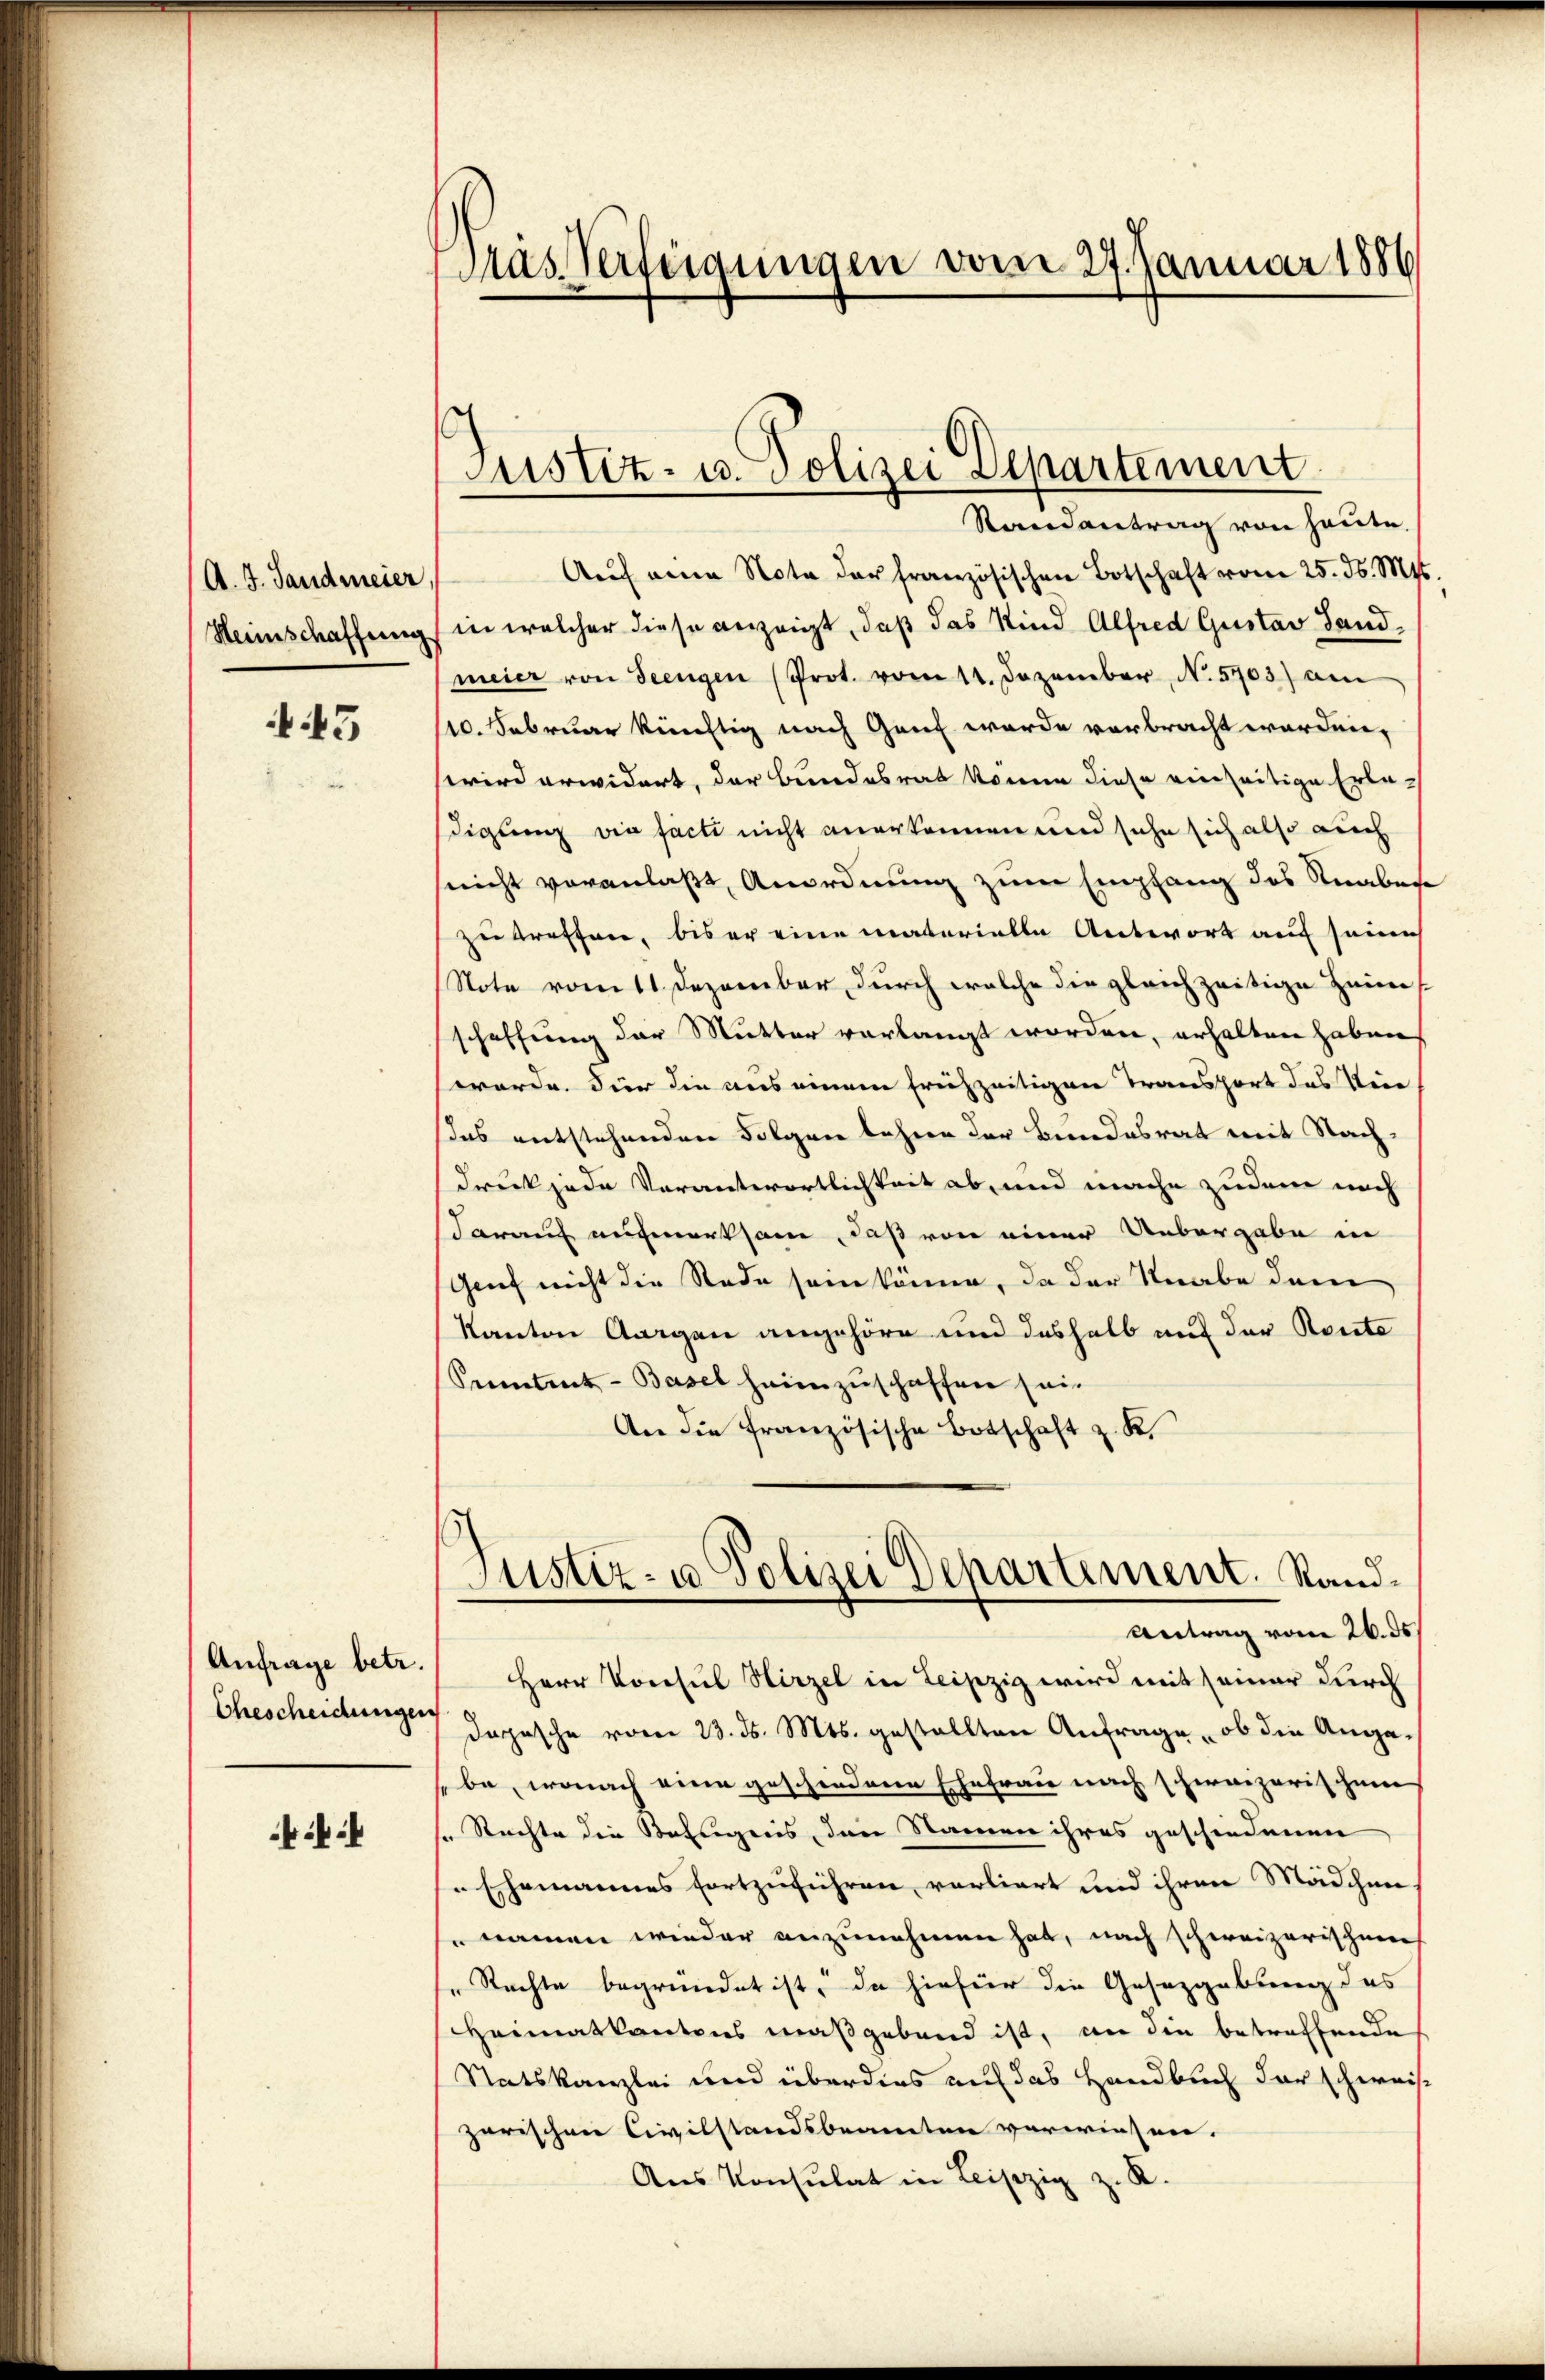
(A. J. Landmeier,
Heimschaffung

43

Anfrage betr.
Ehescheidungen

Mas Verfügungen vom 27. Januar 1886

Justiz- u. Polizei Departement

Randantrag von heute.
Aŭf eine Nota der französischen Botschaft vom 25. d. Mt
in welcher diese anzeigt, daß das Kind Alfred Gustav Sand,
meier von Seengen (Prot. vom 11. Dezember N. 5703) am
10. Februar künftig nach Gant werde verbracht worden,
wird erwidert, der Bundesrat könne diese einseitige Erledigung die facti nicht anerkennen und sehe sich also auch
nicht veranlaßt, Anordnung zum Empfang des Straben
zu treffen, bis er eine materielle Antwort auf seine
Note vom 11 Dezember durch welche die gleichzeitige Heim
schaffung der Mutter verlangt worden, erhalten haben
werde. Für die aus einem frühzeitigen Transport das Vie
das entstehenden Folgen lehren der Bundesrat mit Nachdruck jede Verantwortlichkeit ab, und mache zudem nach
darauf aufmerksam, daß von einer Uebergabe in
Genf nicht die Rede sein könne, da der Knabe dem
kanton Aargau angehöre und deshalb auf der Route
Peeintret-Basel heimzuschaffen sei.
An die französische Botschaft z. K.
Justiz- u Polizei Departement. Rand¬
Antrag vom 26. ds.
Herr Konsul Hirzel in Leipzig wird mit seiner durch
dopische vom 23. ds. Mts. gestellten Anfrage, ob die Angebe, wonach eine geschiedene Ehefrau nach schweizerischen
" Rechte die Befugnis, den Namen ihres geschiedenen
Ehemannes fortzuführen, vorliert und ihren Mädchen
namen wieder anzunehmen hat, nach schweizerischen
" Rechte begründet ist, da hiefür die Gesetzgebung das
Heimatkantons maßgebend ist, an die betreffende
Statskanzlei und überdies auf das Handbuch der schweis
zarischen Civilstandsbeamten verwiesen.
Ans Konsulat in Leipzig z. R.